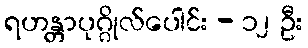
ရဟန္တာပုဂ္ဂိုလ်ပေါင်း - ၁၂ ဦး